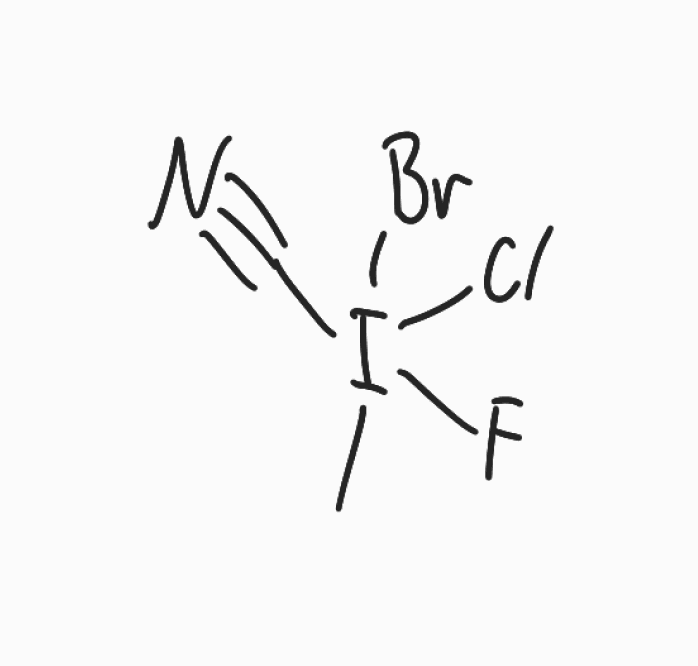
Simplified molecular-input line-entry system (SMILES) notation of the given molecule:
CI(C#N)(F)(Cl)Br